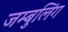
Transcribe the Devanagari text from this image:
जम्बुलिंग